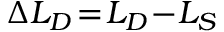
\Delta L _ { D } \! = \! L _ { D } \! - \! L _ { S }